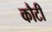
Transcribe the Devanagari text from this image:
कौटी